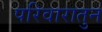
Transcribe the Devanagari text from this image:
परिवारातुन